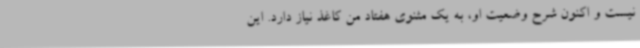
نیست و اکنون شرح وضعیت او، به یک مثنوی هفتاد من کاغذ نیاز دارد. این